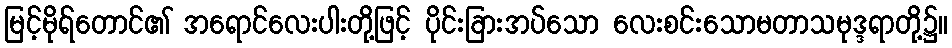
မြင့်မိုရ်တောင်၏ အရောင်လေးပါးတို့ဖြင့် ပိုင်းခြားအပ်သော လေးစင်းသောမတာသမုဒ္ဒရာတို့၌။